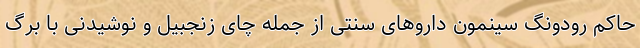
حاکم رودونگ سینمون دارو‌های سنتی از جمله چای زنجبیل و نوشیدنی با برگ